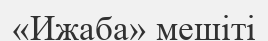
«Ижаба» мешіті